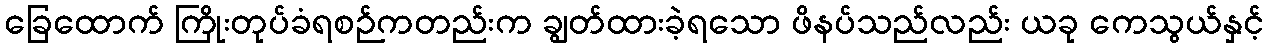
ခြေထောက် ကြိုးတုပ်ခံရစဉ်ကတည်းက ချွတ်ထားခဲ့ရသော ဖိနပ်သည်လည်း ယခု ကေသွယ်နှင့်